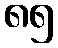
၈၅